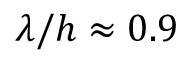
\lambda / h \approx 0 . 9